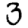
Digit: 3